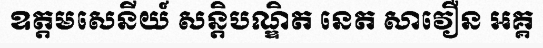
ឧត្តមសេនីយ៍ សន្តិបណ្ឌិត នេត សាវឿន អគ្គ